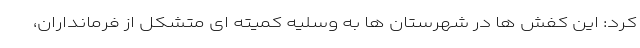
کرد: این کفش ها در شهرستان ها به وسلیه کمیته ای متشکل از فرمانداران،